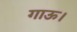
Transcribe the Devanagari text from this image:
गाऊ।